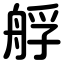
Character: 艀